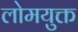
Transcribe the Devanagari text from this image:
लोमयुक्त